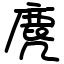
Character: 麂